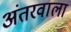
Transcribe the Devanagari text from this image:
अंतरवाला